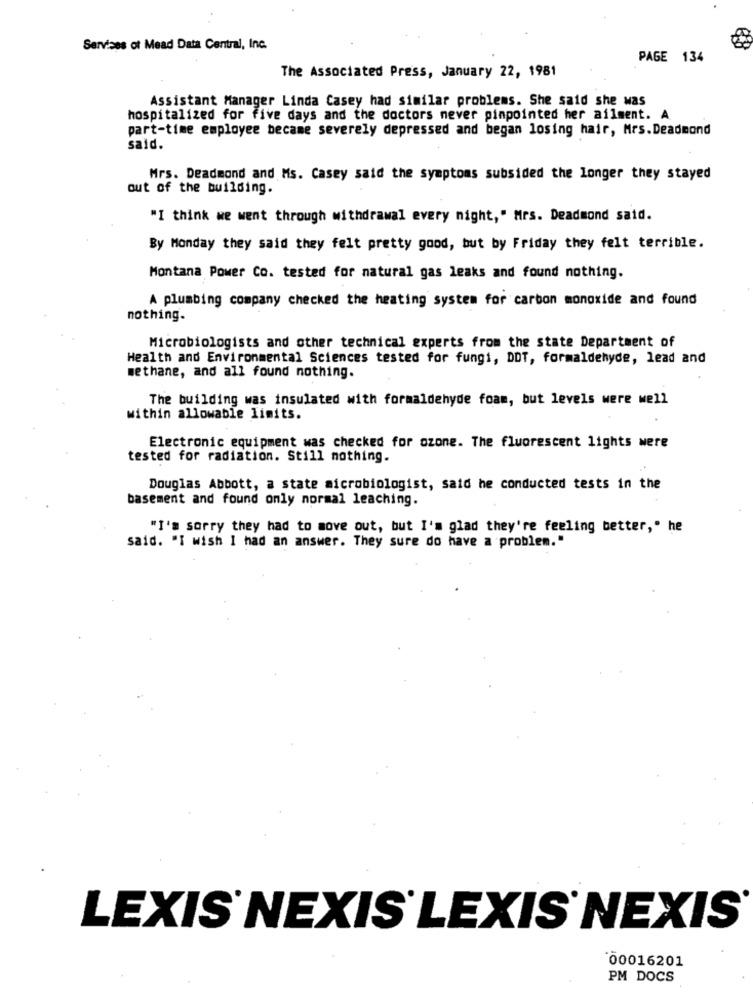
Services of Mead Data Central, Inc.
PAGE 134
The Associated Press, January 22, 1981
Assistant Manager Linda Casey had similar problems. She said she was
hospitalized for five days and the doctors never pinpointed her ailment. A
part-time employee became severely depressed and began losing hair, Mrs. Deadmond
said.
Mrs. Deadmond and Ms. Casey said the symptoms subsided the longer they stayed
out of the building.
"I think we went through withdrawal every night," Mrs. Deadmond said.
By Monday they said they felt pretty good, but by Friday they felt terrible.
Montana Power Co. tested for natural gas leaks and found nothing.
A plumbing company checked the heating system for carbon monoxide and found
nothing.
Microbiologists and other technical experts from the state Department of
Health and Environmental Sciences tested for fungi, DDT, formaldehyde, lead and
methane, and all found nothing.
The building was insulated with formaldehyde foam, but levels were well
within allowable limits.
Electronic equipment was checked for ozone. The fluorescent lights were
tested for radiation. Still nothing.
Douglas Abbott, a state microbiologist, said he conducted tests in the
basement and found only normal leaching.
"I'm sorry they had to move out, but I'm glad they're feeling better," he
said. "I wish I had an answer. They sure do have a problem."
LEXIS NEXIS LEXIS NEXIS
00016201
PM DOCS